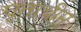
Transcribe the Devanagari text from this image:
घृताचीम्